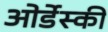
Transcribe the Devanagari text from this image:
ओर्डेस्की